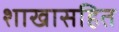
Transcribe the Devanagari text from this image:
शाखासहित